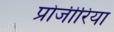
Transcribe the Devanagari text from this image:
प्रोजीरिया